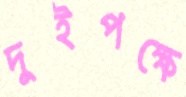
দুইপক্ষে